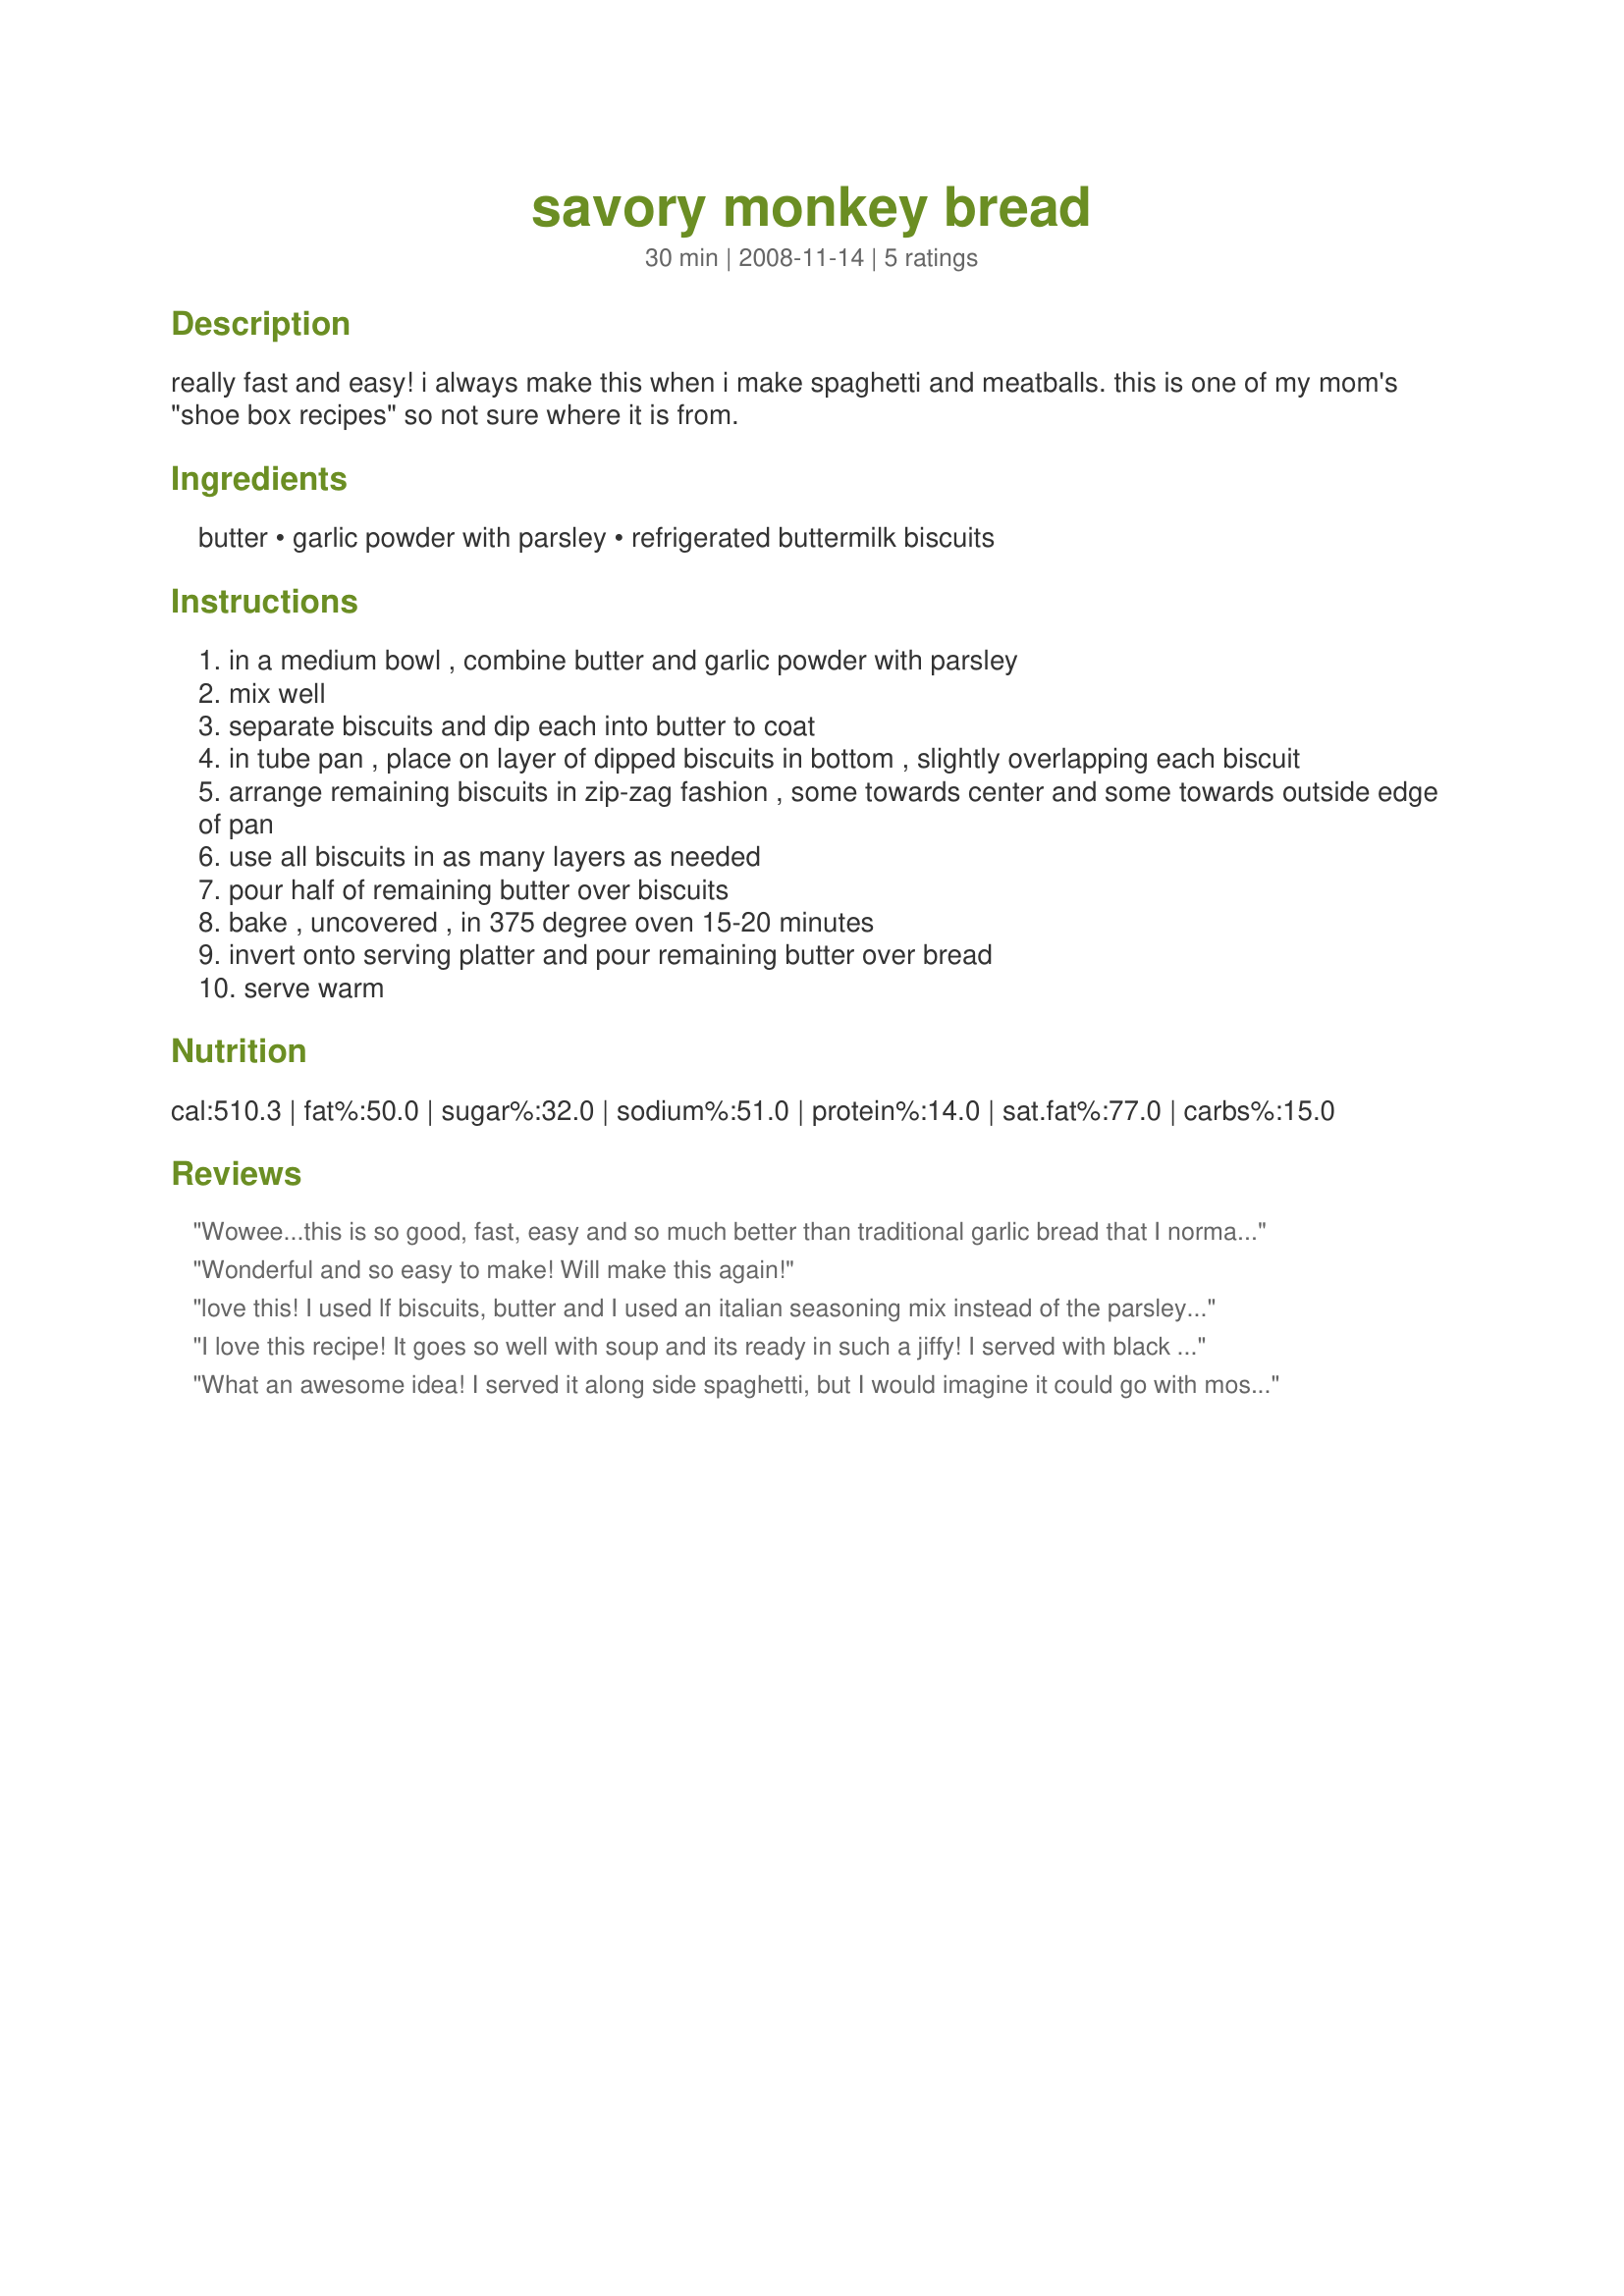
savory monkey bread
Preparation time: 30 minutes

really fast and easy! i always make this when i make spaghetti and meatballs. this is one of my mom's "shoe box recipes" so not sure where it is from.

Ingredients:
butter, garlic powder with parsley, refrigerated buttermilk biscuits

Steps:
in a medium bowl , combine butter and garlic powder with parsley
mix well
separate biscuits and dip each into butter to coat
in tube pan , place on layer of dipped biscuits in bottom , slightly overlapping each biscuit
arrange remaining biscuits in zip-zag fashion , some towards center and some towards outside edge of pan
use all biscuits in as many layers as needed
pour half of remaining butter over biscuits
bake , uncovered , in 375 degree oven 15-20 minutes
invert onto serving platter and pour remaining butter over bread
serve warm

Reviews:
Wowee...this is so good, fast, easy and so much better than traditional garlic bread that I normally buy frozen and pop in the oven:-(. I followed the advice of the previous reviewers and used only one can of the refrigerated biscuits. 2T. of melted butter and 1/2 t. of garlic powder and 1/2 t. of parsley flakes. Put them in a 9 inch pieplate...they looked just like the picture from Brooke~
 Yum Yum... Made for HolidayTag.
Wonderful and so easy to make! Will make this again!
love this! I used lf biscuits, butter and I used an italian seasoning mix instead of the parsley, thank you for sharing!
I love this recipe! It goes so well with soup and its ready in such a jiffy! I served with black bean soup last night and only did 1/4 of the recipe since 1 can of biscuits is plenty for the three of us. Instead of a tub pan, I used a pie plate and cut my biscuits into quarters.
What an awesome idea! I served it along side spaghetti, but I would imagine it could go with most anything. I followed an idea from Brooke the Cook and scaled the recipe back and made it in a pie plate. I loved this simple tasty recipe. Thanks for sharing!
